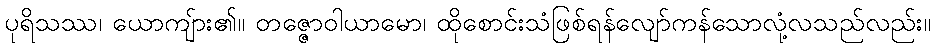
ပုရိသဿ၊ ယောကျ်ား၏။ တဇ္ဇောဝါယာမော၊ ထိုစောင်းသံဖြစ်ရန်လျော်ကန်သောလုံ့လသည်လည်း။